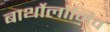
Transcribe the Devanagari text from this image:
बार्थोलोमिव